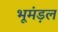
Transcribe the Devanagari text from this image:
भूमंड़ल